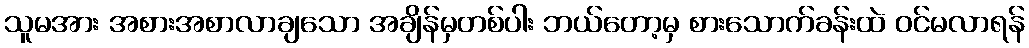
သူမအား အစားအစာလာချသော အချိန်မှတစ်ပါး ဘယ်တော့မှ စားသောက်ခန်းထဲ ဝင်မလာရန်